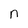
Character: n